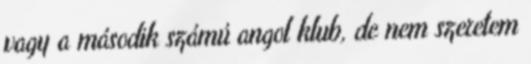
vagy a második számú angol klub, de nem szeretem